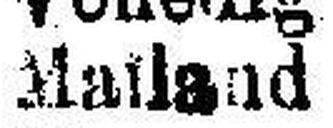
Mailand